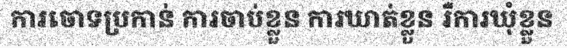
ការចោទប្រកាន់ ការចាប់ខ្លួន ការឃាត់ខ្លួន រឺការឃុំខ្លួន